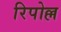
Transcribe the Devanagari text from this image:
रिपोल्ल